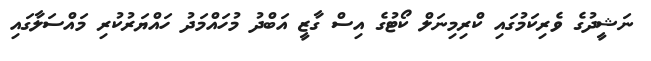
ނަޝީދުގެ ވެރިކަމުގައި ކްރިމިނަލް ކޯޓުގެ އިސް ގާޒީ އަބްދު މުހައްމަދު ހައްޔަރުކުރި މައްސަލާގައި